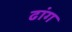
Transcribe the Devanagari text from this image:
ढांग